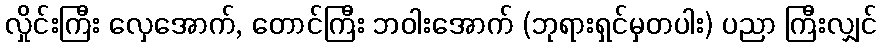
လှိုင်းကြီး လှေအောက်, တောင်ကြီး ဘဝါးအောက် (ဘုရားရှင်မှတပါး) ပညာ ကြီးလျှင်